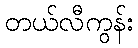
တယ်လီကွန်း